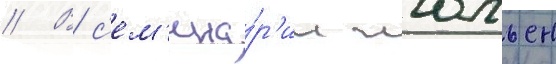
// В с'ем'ина́р'ии жюльен